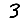
Digit: 3